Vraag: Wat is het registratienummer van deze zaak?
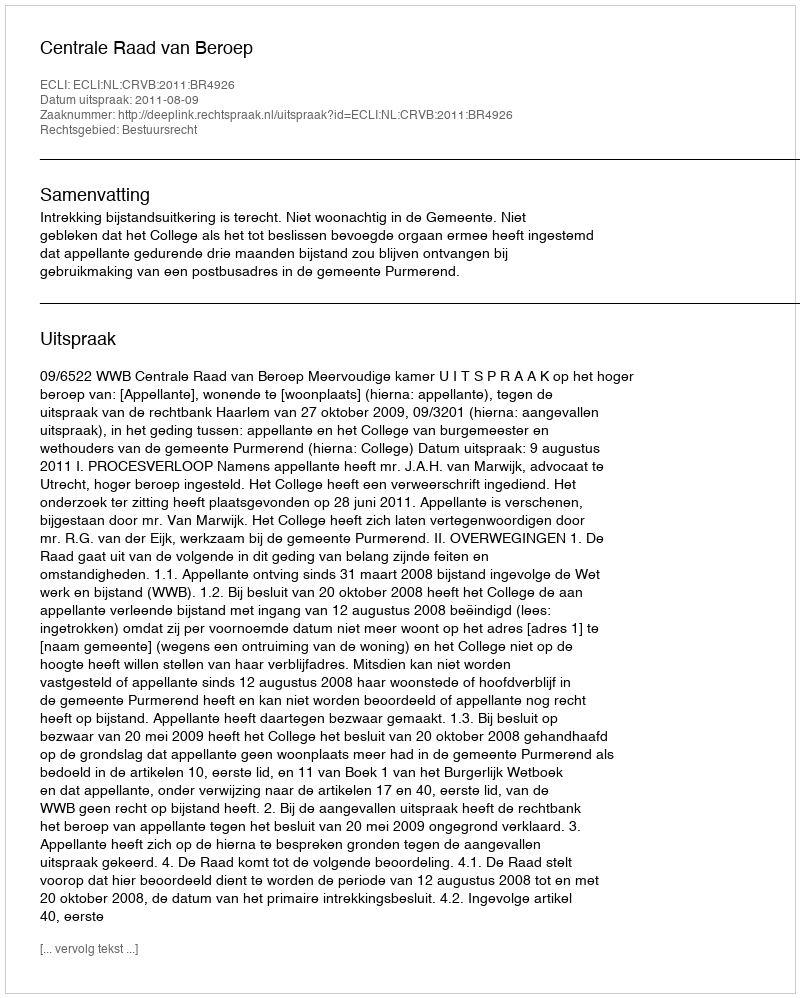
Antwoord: http://deeplink.rechtspraak.nl/uitspraak?id=ECLI:NL:CRVB:2011:BR4926